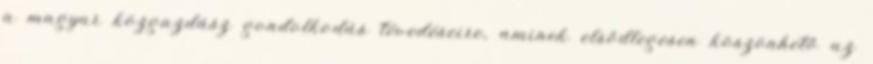
a magyar közgazdász gondolkodás tévedéseire, aminek elsődlegesen köszönhető az